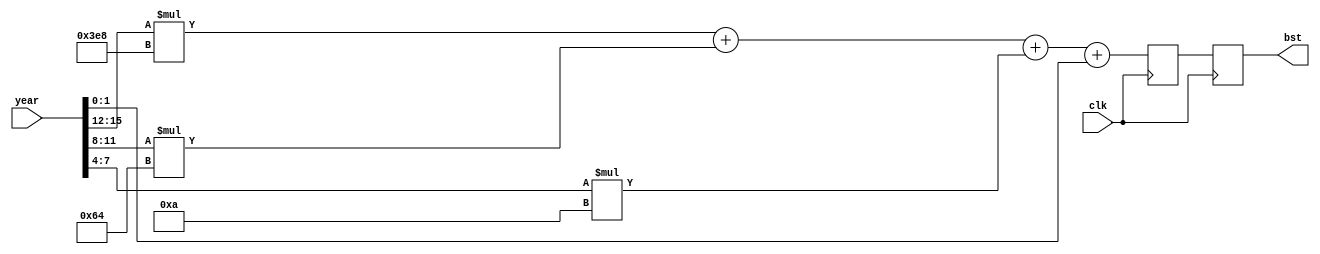
`timescale 1ns / 1ps
//////////////////////////////////////////////////////////////////////////////////
// Company: 
// Engineer: 
// 
// Design Name: 
// Module Name:    Bisiesto 
// Project Name: 
// Target Devices: 
// Tool versions: 
// Description: 
//
// Dependencies: 
//
// Revision: 
// Revision 0.01 - File Created
// Additional Comments: 
//
//////////////////////////////////////////////////////////////////////////////////
module Bisiesto(
		input [15:0] year,
		input clk,
		output reg [1:0] bst
		
    );
	 
	reg [13:0] bisiesto;
	
	always @ (posedge clk)
		begin 
			bisiesto <= year[15:12]*1000 + year[11:8]*100 + year[7:4]*10 + year[3:0];
			
			bst <= bisiesto [1:0];
		end

endmodule